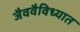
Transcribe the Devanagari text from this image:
जैववैविध्यात